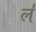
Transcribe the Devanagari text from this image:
ल॑